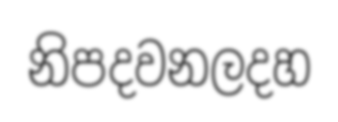
නිපදවනලදහ